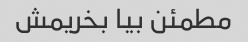
مطمئن بیا بخریمش